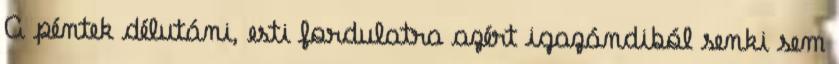
A péntek délutáni, esti fordulatra azért igazándiból senki sem